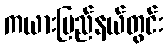
ကယားပြည်နယ်တွင်း